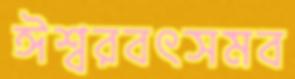
ঈশ্বরবৎসমব